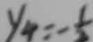
y _ { 4 } = - \frac { 1 } { 5 }